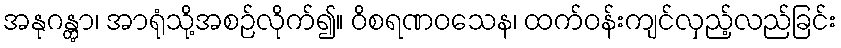
အနုဂန္တွာ၊ အာရုံသို့အစဉ်လိုက်၍။ ဝိစရဏဝသေန၊ ထက်ဝန်းကျင်လှည့်လည်ခြင်း